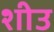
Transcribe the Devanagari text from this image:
शीउ